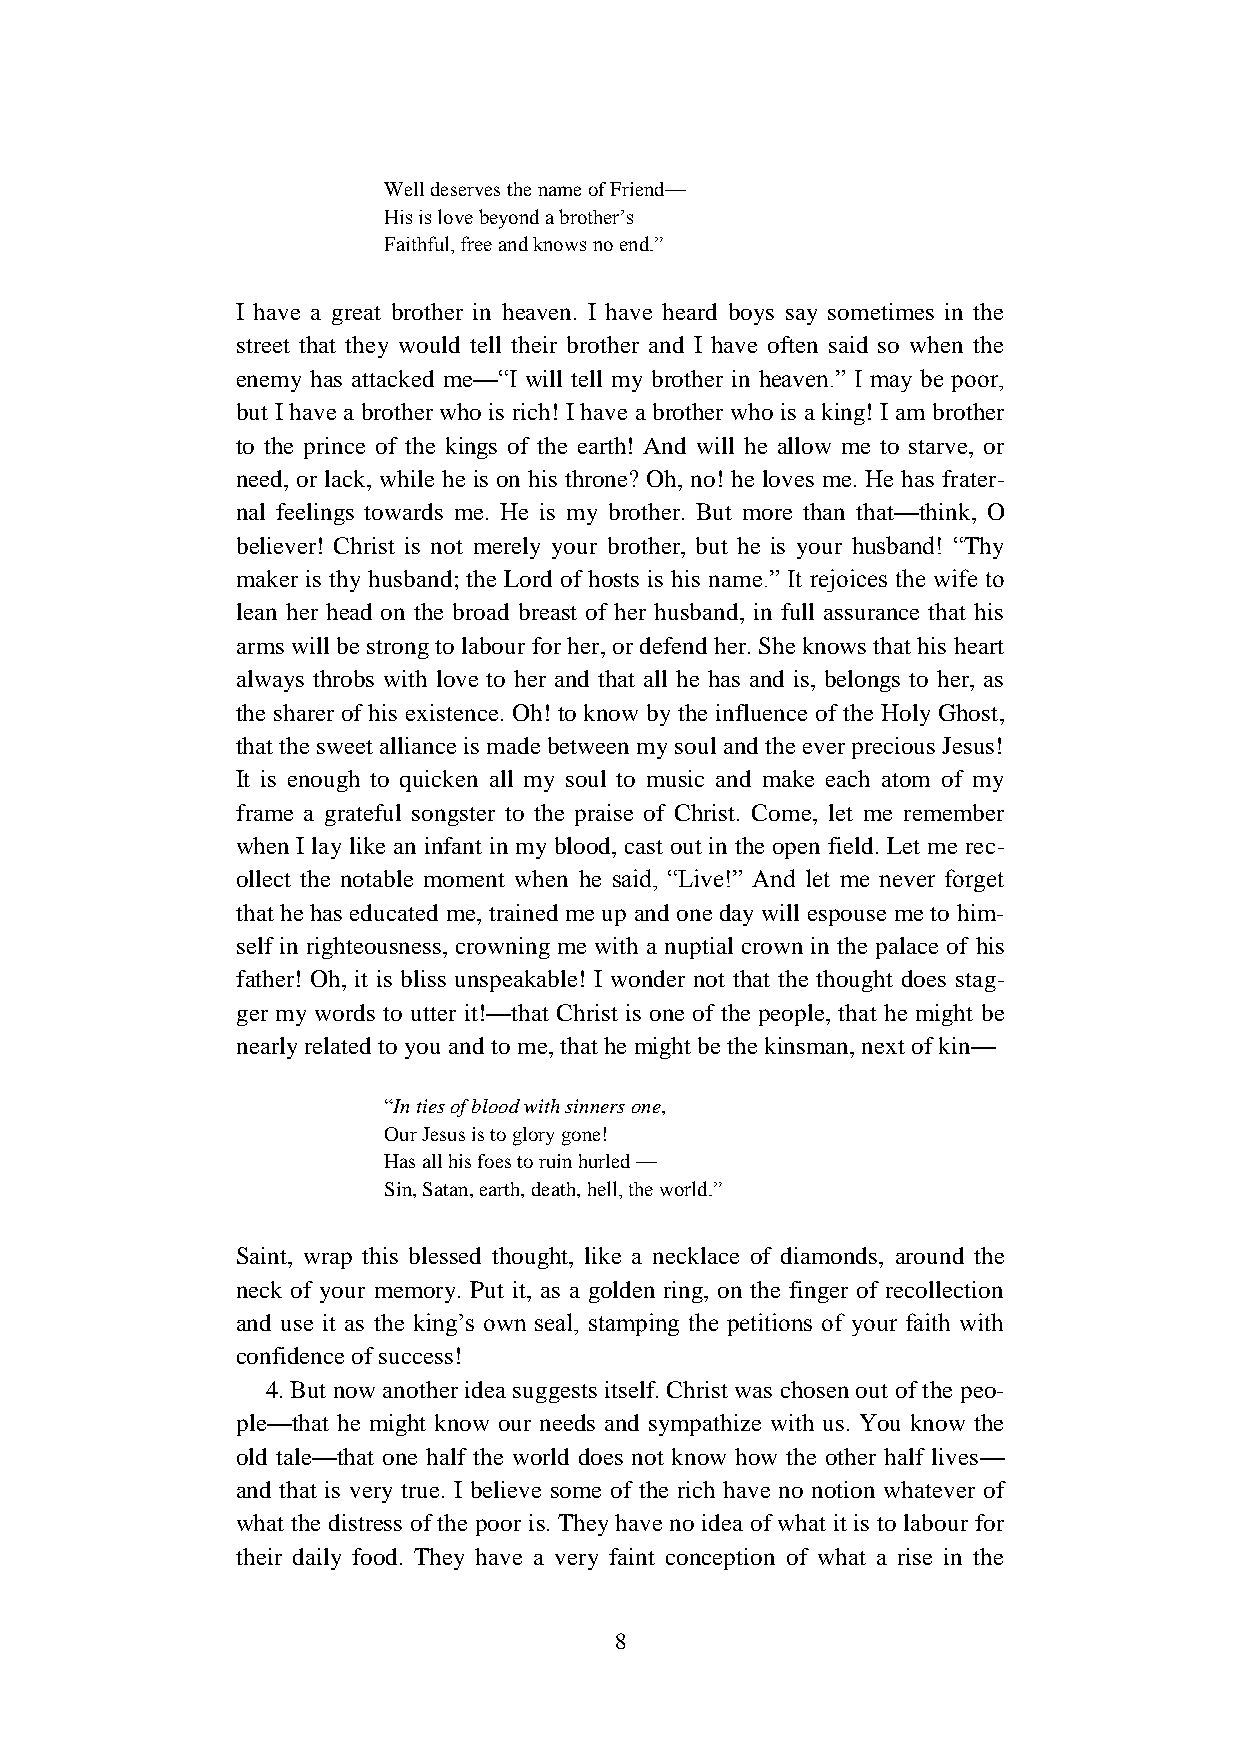
Well deserves the name of Friend—
 His is love beyond a brother’s
 Faithful, free and knows no end.”
 I have a great brother in heaven. I have heard boys say sometimes in the
 street that they would tell their brother and I have often said so when the
 enemy has attacked me—“I will tell my brother in heaven.” I may be poor,
 but I have a brother who is rich! I have a brother who is a king! I am brother
 to the prince of the kings of the earth! And will he allow me to starve, or
 need, or lack, while he is on his throne? Oh, no! he loves me. He has frater-
 nal feelings towards me. He is my brother. But more than that—think, O
 believer! Christ is not merely your brother, but he is your husband! “Thy
 maker is thy husband; the Lord of hosts is his name.” It rejoices the wife to
 lean her head on the broad breast of her husband, in full assurance that his
 arms will be strong to labour for her, or defend her. She knows that his heart
 always throbs with love to her and that all he has and is, belongs to her, as
 the sharer of his existence. Oh! to know by the influence of the Holy Ghost,
 that the sweet alliance is made between my soul and the ever precious Jesus!
 It is enough to quicken all my soul to music and make each atom of my
 frame a grateful songster to the praise of Christ. Come, let me remember
 when I lay like an infant in my blood, cast out in the open field. Let me rec-
 ollect the notable moment when he said, “Live!” And let me never forget
 that he has educated me, trained me up and one day will espouse me to him-
 self in righteousness, crowning me with a nuptial crown in the palace of his
 father! Oh, it is bliss unspeakable! I wonder not that the thought does stag-
 ger my words to utter it!—that Christ is one of the people, that he might be
 nearly related to you and to me, that he might be the kinsman, next of kin—
 “In ties of blood with sinners one,
 Our Jesus is to glory gone!
 Has all his foes to ruin hurled —
 Sin, Satan, earth, death, hell, the world.”
 Saint, wrap this blessed thought, like a necklace of diamonds, around the
 neck of your memory. Put it, as a golden ring, on the finger of recollection
 and use it as the king’s own seal, stamping the petitions of your faith with
 confidence of success!
 4. But now another idea suggests itself. Christ was chosen out of the peo-
 ple—that he might know our needs and sympathize with us. You know the
 old tale—that one half the world does not know how the other half lives—
 and that is very true. I believe some of the rich have no notion whatever of
 what the distress of the poor is. They have no idea of what it is to labour for
 their daily food. They have a very faint conception of what a rise in the
 8